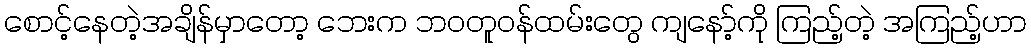
စောင့်နေတဲ့အချိန်မှာတော့ ဘေးက ဘဝတူဝန်ထမ်းတွေ ကျနော့်ကို ကြည့်တဲ့ အကြည့်ဟာ